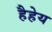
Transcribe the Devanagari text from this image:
हैहेय